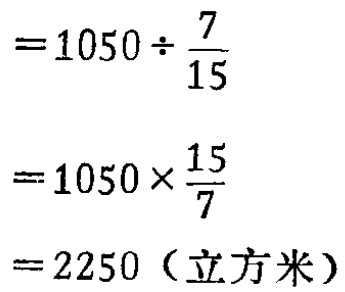
254.某人骑自行车从甲地到乙地共行了3小时。第一小时行了全程的$\frac{2}{5}$，第二小时行了余下路程的30%，第三小时行的比第一小时的75%还多6公里。甲乙两地间的路程是多少公里？